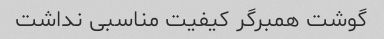
گوشت همبرگر کیفیت مناسبی نداشت